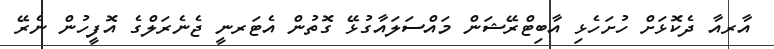
އާރއާ ދެކޮޅަށް ހުށަހެޅި އާބިޓްރޭޝަން މައްސަލައާގުޅޭ ގޮތުން އެޓަރނީ ޖެނެރަލްގެ އޮފީހުން ނެރޭ